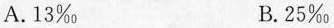
A.13‰ B.25‰